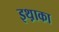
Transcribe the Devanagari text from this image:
इथ़ाका